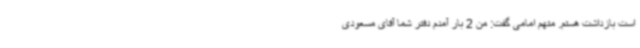
است بازداشت هستم. متهم امامی گفت: من 2 بار آمدم دفتر شما آقای مسعودی